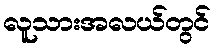
လူသားအလယ်တွင်